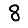
Digit: 8